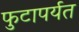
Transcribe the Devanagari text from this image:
फुटापर्यत